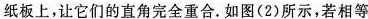
纸板上，让它们的直角完全重合.如图（2）所示，若相等